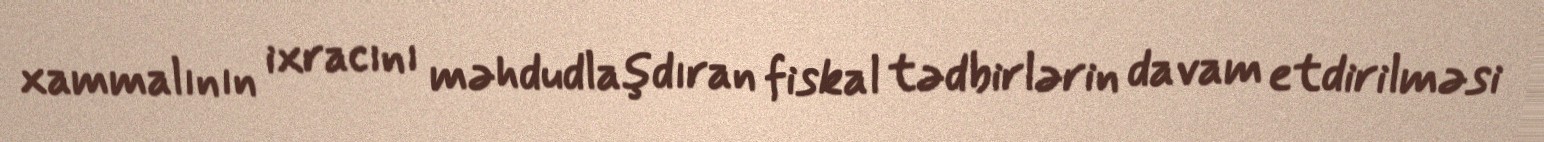
xammalının ixracını məhdudlaşdıran fiskal tədbirlərin davam etdirilməsi